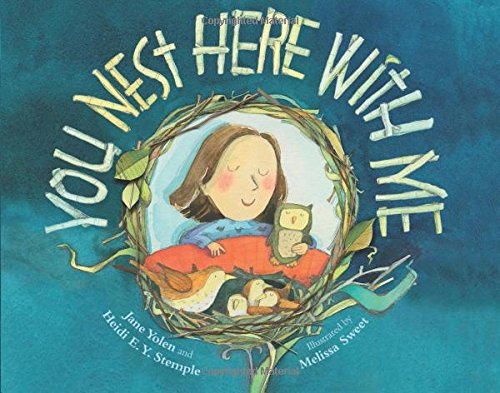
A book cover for You Nest Here With Me; Jane Yolen; Children's Books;